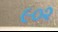
૯૦૨